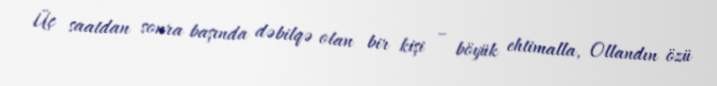
Üç saatdan sonra başında dəbilqə olan bir kişi – böyük ehtimalla, Ollandın özü